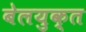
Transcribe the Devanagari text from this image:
बेलयुक्त